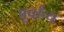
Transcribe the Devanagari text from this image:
पूर्वान्य